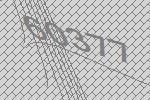
60377